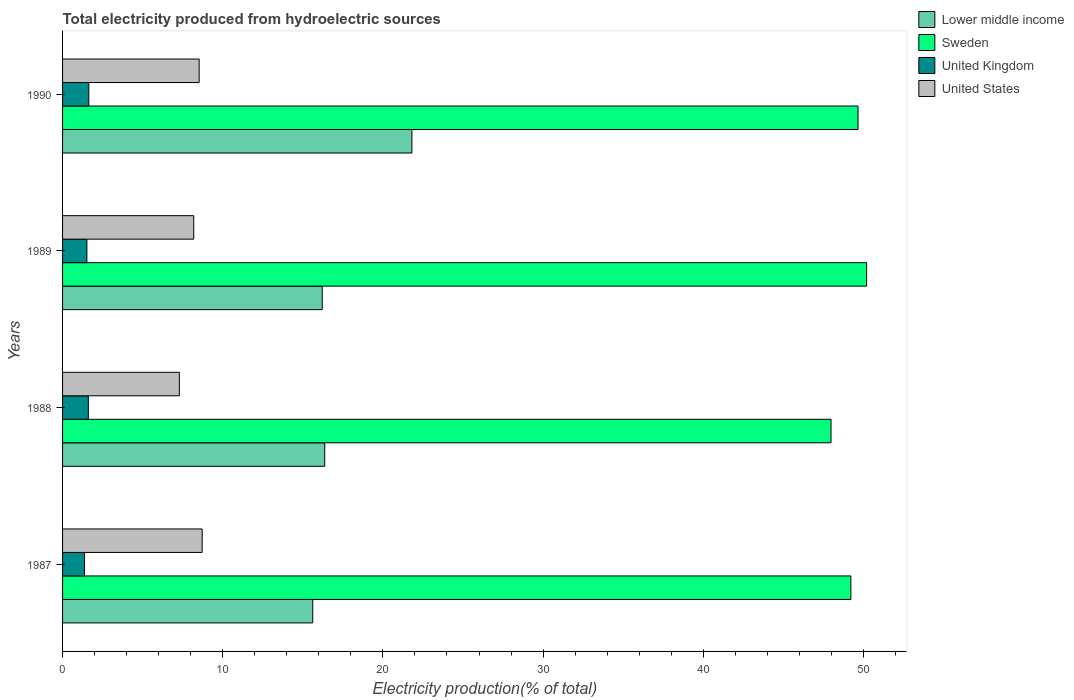
| Years | Lower middle income | Sweden | United Kingdom | United States |
 | --- | --- | --- | --- | --- |
 | 1987 | 15.6 | 49.2 | 1.37 | 8.72 |
 | 1988 | 16.4 | 48 | 1.61 | 7.29 |
 | 1989 | 16.2 | 50.2 | 1.52 | 8.19 |
 | 1990 | 21.8 | 49.7 | 1.64 | 8.53 |